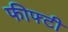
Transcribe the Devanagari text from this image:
फीफ्टी